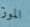
الموز